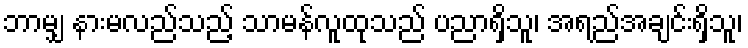
ဘာမျှ နားမလည်သည့် သာမန်လူထုသည် ပညာရှိသူ၊ အရည်အချင်းရှိသူ၊